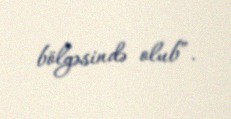
bölgəsində olub”.